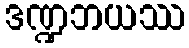
ဒဏ္ဍဘယဿ